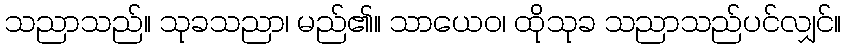
သညာသည်။ သုခသညာ၊ မည်၏။ သာယေဝ၊ ထိုသုခ သညာသည်ပင်လျှင်။